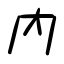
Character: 内